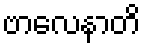
ဗာလေနာတိ